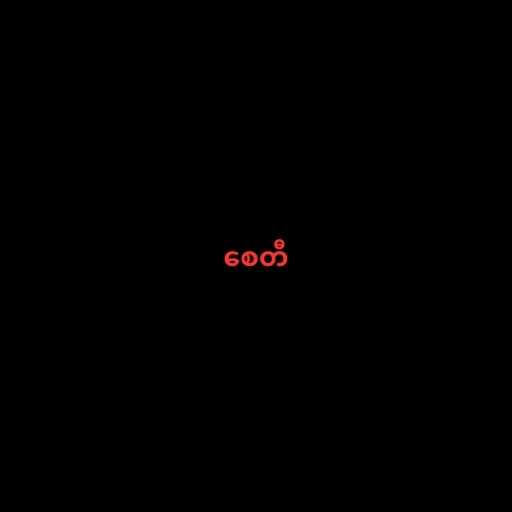
စေတီ